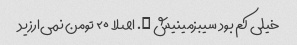
خیلی کم بود سیبزمینیش …. اصلا ۲۰ تومن نمی‌ارزید